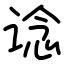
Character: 谂